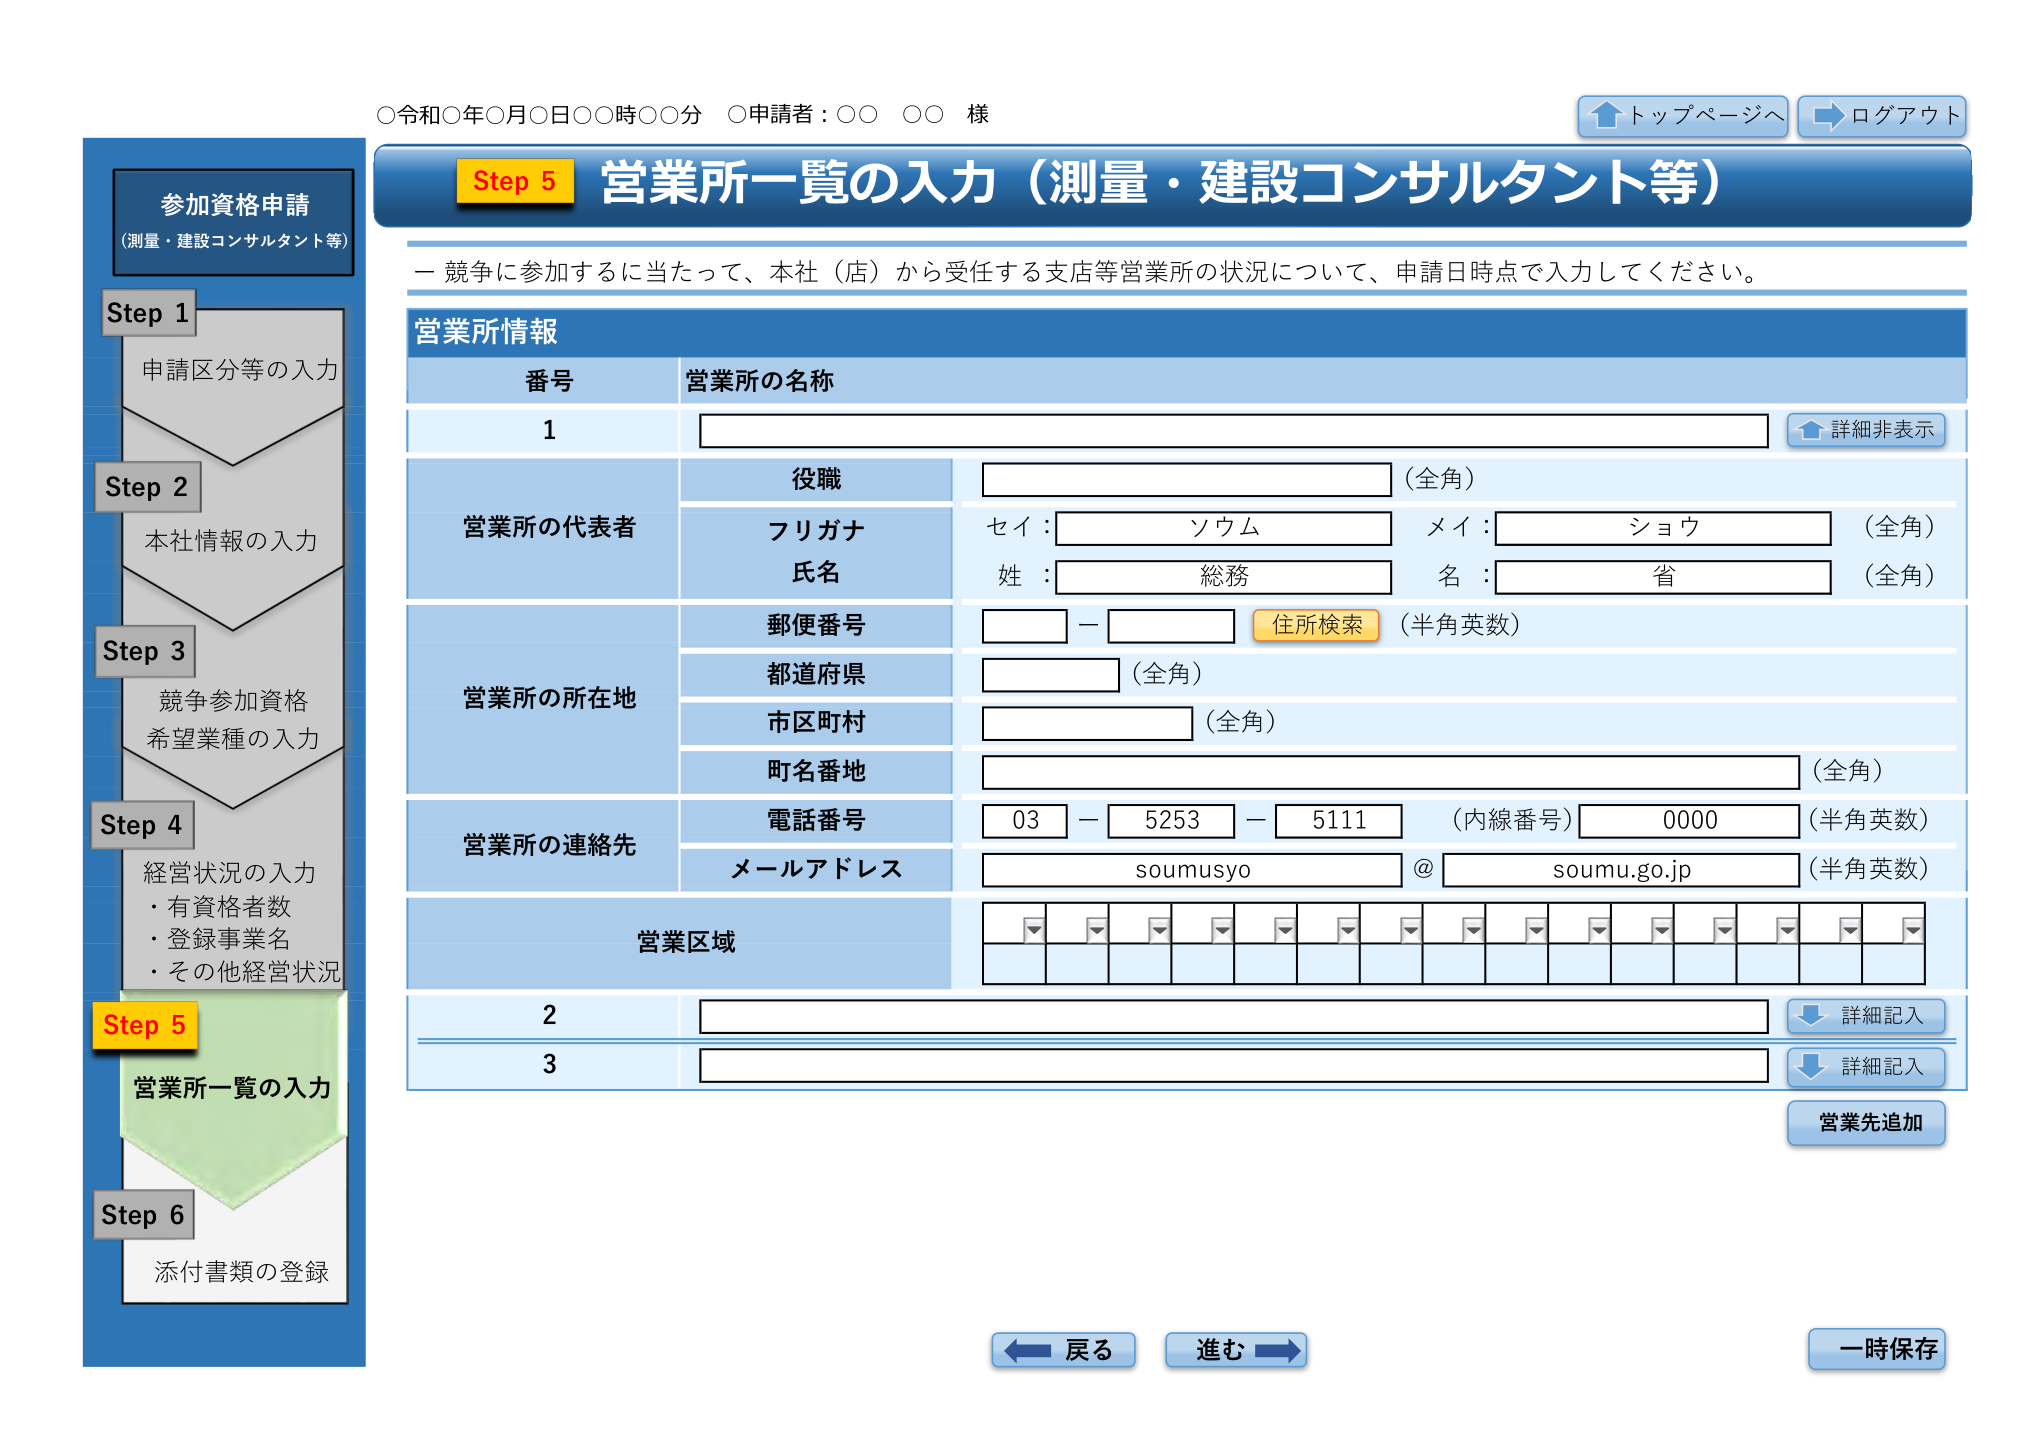
○令和○年○月○日○○時○○分 ○申請者：○○ ○○ 様

トップページへ ログアウト

参加資格申請
（測量・建設コンサルタント等）

Step 1
申請区分等の入力

Step 2
本社情報の入力

Step 3
競争参加資格
希望業種の入力

Step 4
経営状況の入力
・有資格者数
・登録事業名
・その他経営状況

Step 5
営業所一覧の入力

Step 6
添付書類の登録

Step 5 営業所一覧の入力（測量・建設コンサルタント等）

－ 競争に参加するに当たって、本社（店）から受任する支店等営業所の状況について、申請日時点で入力してください。

営業所情報

番号 営業所の名称
1

詳細非表示

役職 （全角）

営業所の代表者
フリガナ
セイ： ソウム メイ： ショウ （全角）
氏名
姓： 総務 名： 省 （全角）

郵便番号 住所検索 （半角英数）

営業所の所在地
都道府県 （全角）
市区町村 （全角）
町名番地 （全角）

営業所の連絡先
電話番号 03 － 5253 － 5111 （内線番号） 0000 （半角英数）
メールアドレス soumusyo @ soumu.go.jp （半角英数）

営業区域

2 詳細記入

3 詳細記入

営業先追加

戻る 進む 一時保存